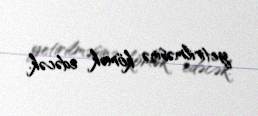
yetirilməsinə kömək edəcək.